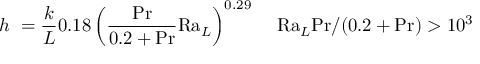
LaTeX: h \ = { \frac { k } { L } } 0 . 1 8 \left( { \frac { \mathrm { P r } } { 0 . 2 + \mathrm { P r } } } \mathrm { R a } _ { L } \right) ^ { 0 . 2 9 } \, \quad \mathrm { R a } _ { L } \mathrm { P r } / ( 0 . 2 + \mathrm { P r } ) > 1 0 ^ { 3 }